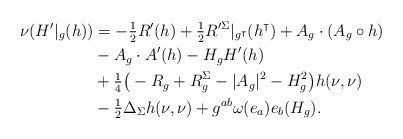
\begin{align*}\nu (H'|_g(h))& = - \tfrac{1}{2} R'(h) + \tfrac{1}{2} R'^\Sigma|_{g^\intercal} (h^\intercal) + A_g \cdot (A_g \circ h) \\&- A_g \cdot A'(h) -H_g H'(h) \\&+ \tfrac{1}{4}\big( - R_g +R^\Sigma_g - |A_g|^2 - H_{g}^2\big)h(\nu, \nu)\\&- \tfrac{1}{2}\Delta_\Sigma h(\nu, \nu) + g^{ab} \omega (e_a) e_b(H_g).\end{align*}